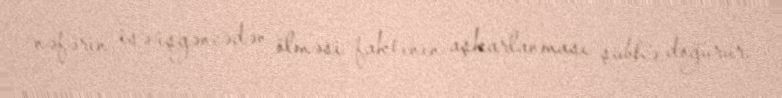
nəfərin isə işgəncədən ölməsi faktının aşkarlanması şübhə doğurur.